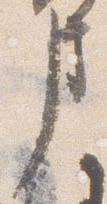
事